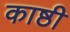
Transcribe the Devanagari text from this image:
काष्ठी